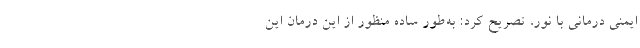
ایمنی درمانی با نور، تصریح کرد: به‌طور ساده منظور از این درمان این